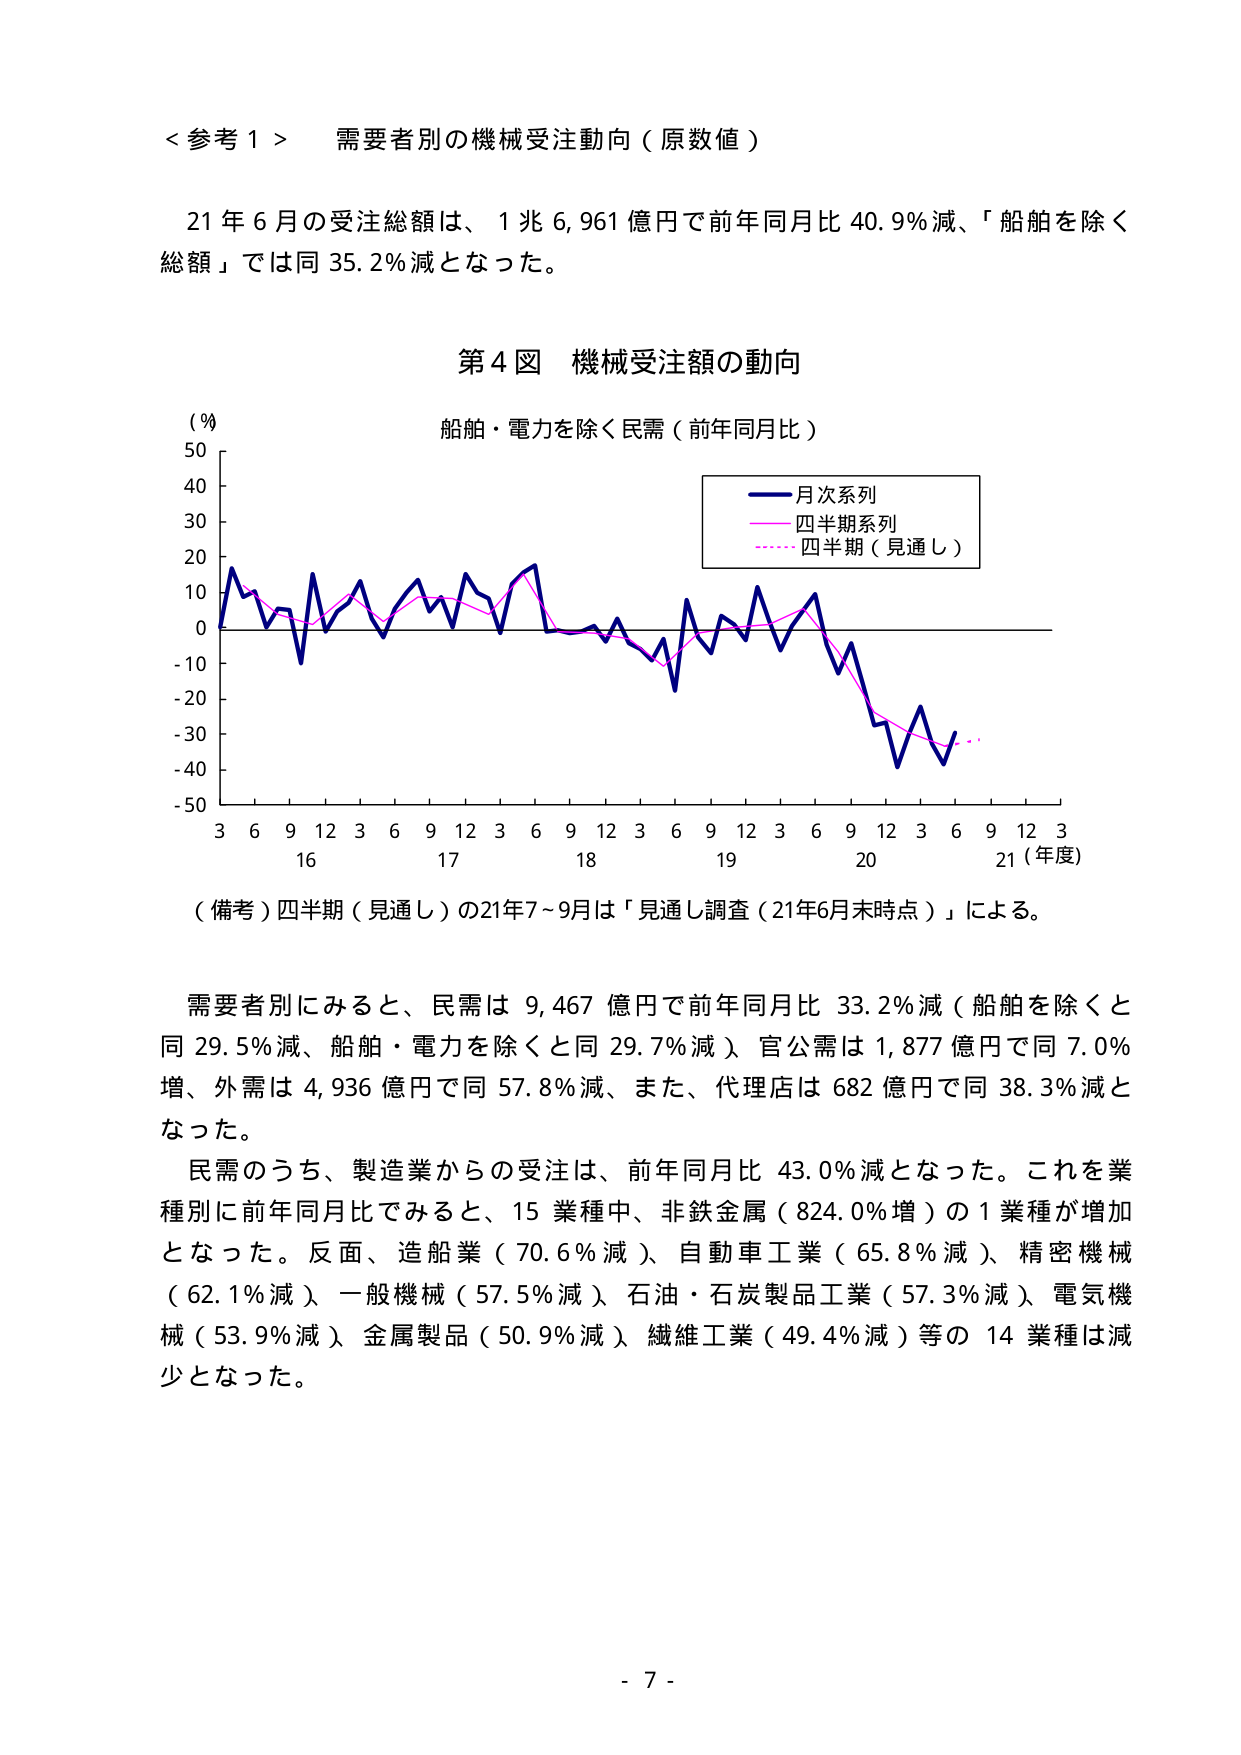
< 参考 1 > 需要者別の機械受注動向（原数値）

21年6月の受注総額は、1兆6,961億円で前年同月比40.9％減、「船舶を除く総額」では同35.2％減となった。

第4図 機械受注額の動向

（％）
50
40
30
20
10
0
-10
-20
-30
-40
-50

船舶・電力を除く民需（前年同月比）

月次系列
四半期系列
四半期（見通し）

3 6 9 12 3 6 9 12 3 6 9 12 3 6 9 12 3 6 9 12 3
16 17 18 19 20 21（年度）

（備考）四半期（見通し）の21年7～9月は「見通し調査（21年6月末時点）」による。

需要者別にみると、民需は9,467億円で前年同月比33.2％減（船舶を除くと同29.5％減、船舶・電力を除くと同29.7％減）、官公需は1,877億円で同7.0％増、外需は4,936億円で同57.8％減、また、代理店は682億円で同38.3％減となった。

民需のうち、製造業からの受注は、前年同月比43.0％減となった。これを業種別に前年同月比でみると、15業種中、非鉄金属（824.0％増）の1業種が増加となった。反面、造船業（70.6％減）、自動車工業（65.8％減）、精密機械（62.1％減）、一般機械（57.5％減）、石油・石炭製品工業（57.3％減）、電気機械（53.9％減）、金属製品（50.9％減）、繊維工業（49.4％減）等の14業種は減少となった。

- 7 -